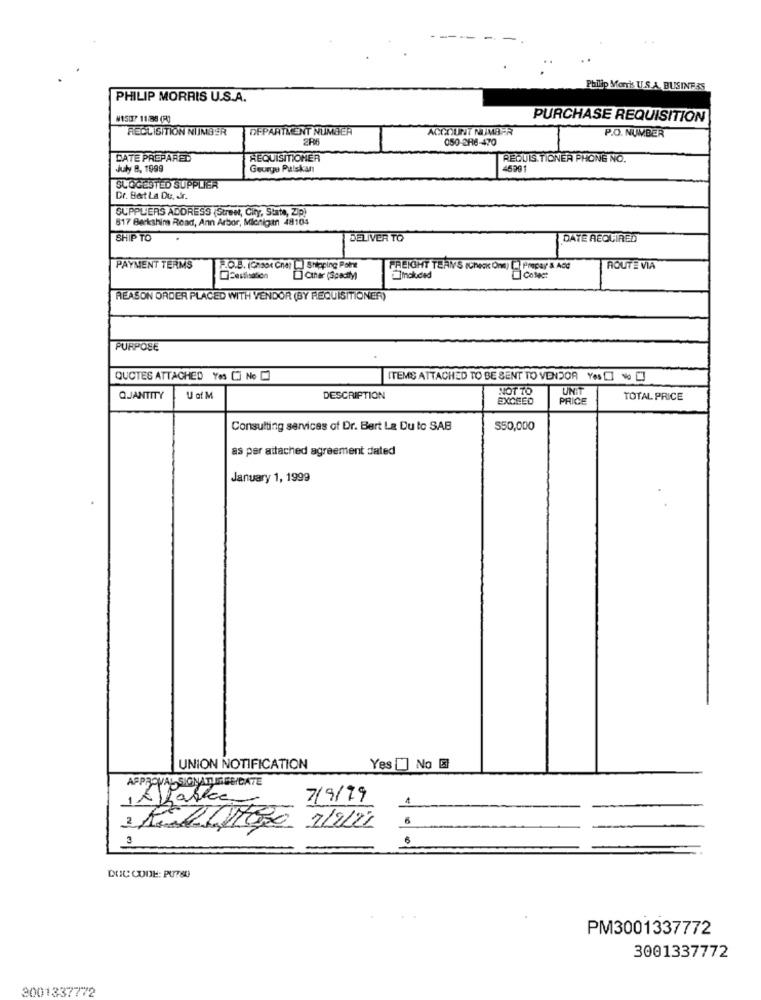
Philip Morris U.S.A. BUSINESS
PHILIP MORRIS U.S.A.
#1507 11/88 (R)
PURCHASE REQUISITION
REQUISITION NUMBER
DEPARTMENT NUMBER
ACCOUNT NUMBER
P.O. NUMBER
2R6
050-286-470
DATE PREPARED
REQUISITIONER
REQUIS TIONER PHONE NO.
July 8. 1999
Geurgu Pulskan
46291
SLOGESTED SUPPLIER
Dr. BartLa Du. dr.
SUPPLIERS ADDRESS (Street, City, State, Zip)
817 Berkshire Road, Ann Arbor, Michigan 48104
SHIP TO
DELIVER TO
DATE REQUIRED
PAYMENT TERMS
HO.B. (Gnso Che) ] Shipping Point
HEIGHT TEAMS (Check Ona)
Prepay & Add
ROUTE VIA
[] Other (Specify)
Included
Colect
REASON ORDER PLACED WITH VENDOR (BY REQUISITIONER)
PURPOSE
QUOTES ATTACHED Yos C3 No []
ITEMS ATTACHED TO BE SENT TO VENDOR Yes [] No []
NOT TO
UNIT
QUANTITY
U af M
DESCRIPTION
EXCEED
PRICE
TOTAL PRICE
Consulting services of Dr. Bert La Du to SAB
$50,000
as per attached agreement dated
January 1, 1999
UNION NOTIFICATION
Yes [] No E)
APPROVAL SIGNATIONBEIDATE
it \fasce
7/9/19
Me01/100 2/2/21
3
DOC CODE: PUTS0)
PM3001337772
3001337772
2001337772